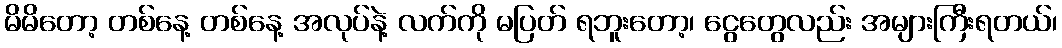
မိမိတော့ တစ်နေ့ တစ်နေ့ အလုပ်နဲ့ လက်ကို မပြတ် ရဘူးတော့၊ ငွေတွေလည်း အများကြီးရတယ်၊